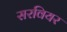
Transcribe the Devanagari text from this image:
सरवियर